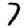
Digit: 7